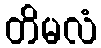
တိမလံ